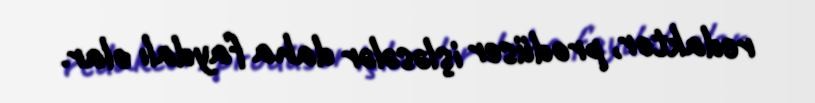
redaktor, prodüser işləsələr daha faydalı olar.